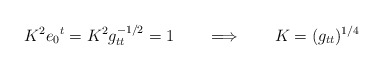
\begin{align*}K^2 e_0{}^t= K^2 g_{tt}^{-1/2} =1 \qquad \Longrightarrow \qquad K= (g_{tt})^{1/4}\end{align*}